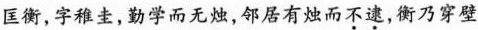
匡衡，字稚圭，勤学而无烛，邻居有烛而\underset{·}{不}\underset{·}{逮}，衡乃穿壁